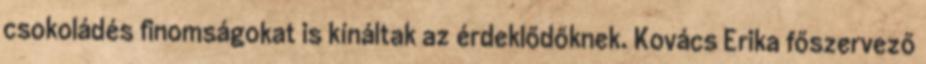
csokoládés finomságokat is kínáltak az érdeklődőknek. Kovács Erika főszervező